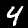
Digit: 4